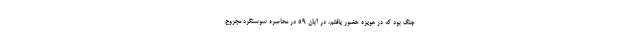
جنگ بود که در هویزه حضور یافتم، در آبان ۵۹ در محاصره سوسنگرد مجروح